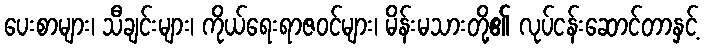
ပေးစာများ၊ သီချင်းများ၊ ကိုယ်ရေးရာဇဝင်များ၊ မိန်းမသားတို့၏ လုပ်ငန်းဆောင်တာနှင့်